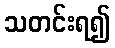
သတင်းရ၍